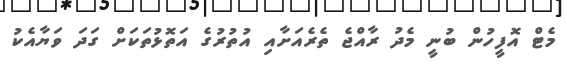
މެޓް އޮފީހުން ބުނީ މެދު ރާއްޖެ ތެރެއަށާއި އުތުރުގެ އަތޮޅުތަކަށް ގަދަ ވަޔާއެކު